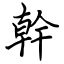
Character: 幹